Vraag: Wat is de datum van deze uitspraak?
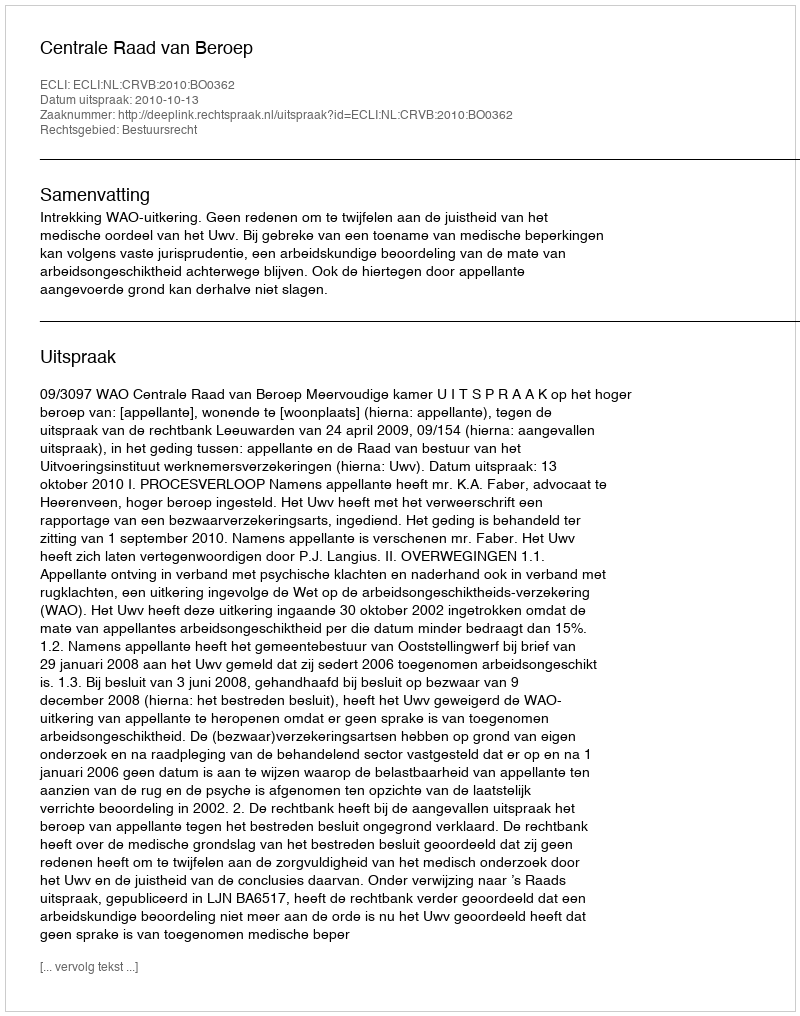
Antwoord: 2010-10-13